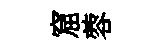
窟蓉